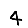
Digit: 4